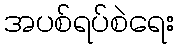
အပစ်ရပ်စဲရေး